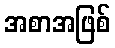
အစာအဖြစ်